Eesti_Vabariigi_Tartu_Ulikool, lk 35
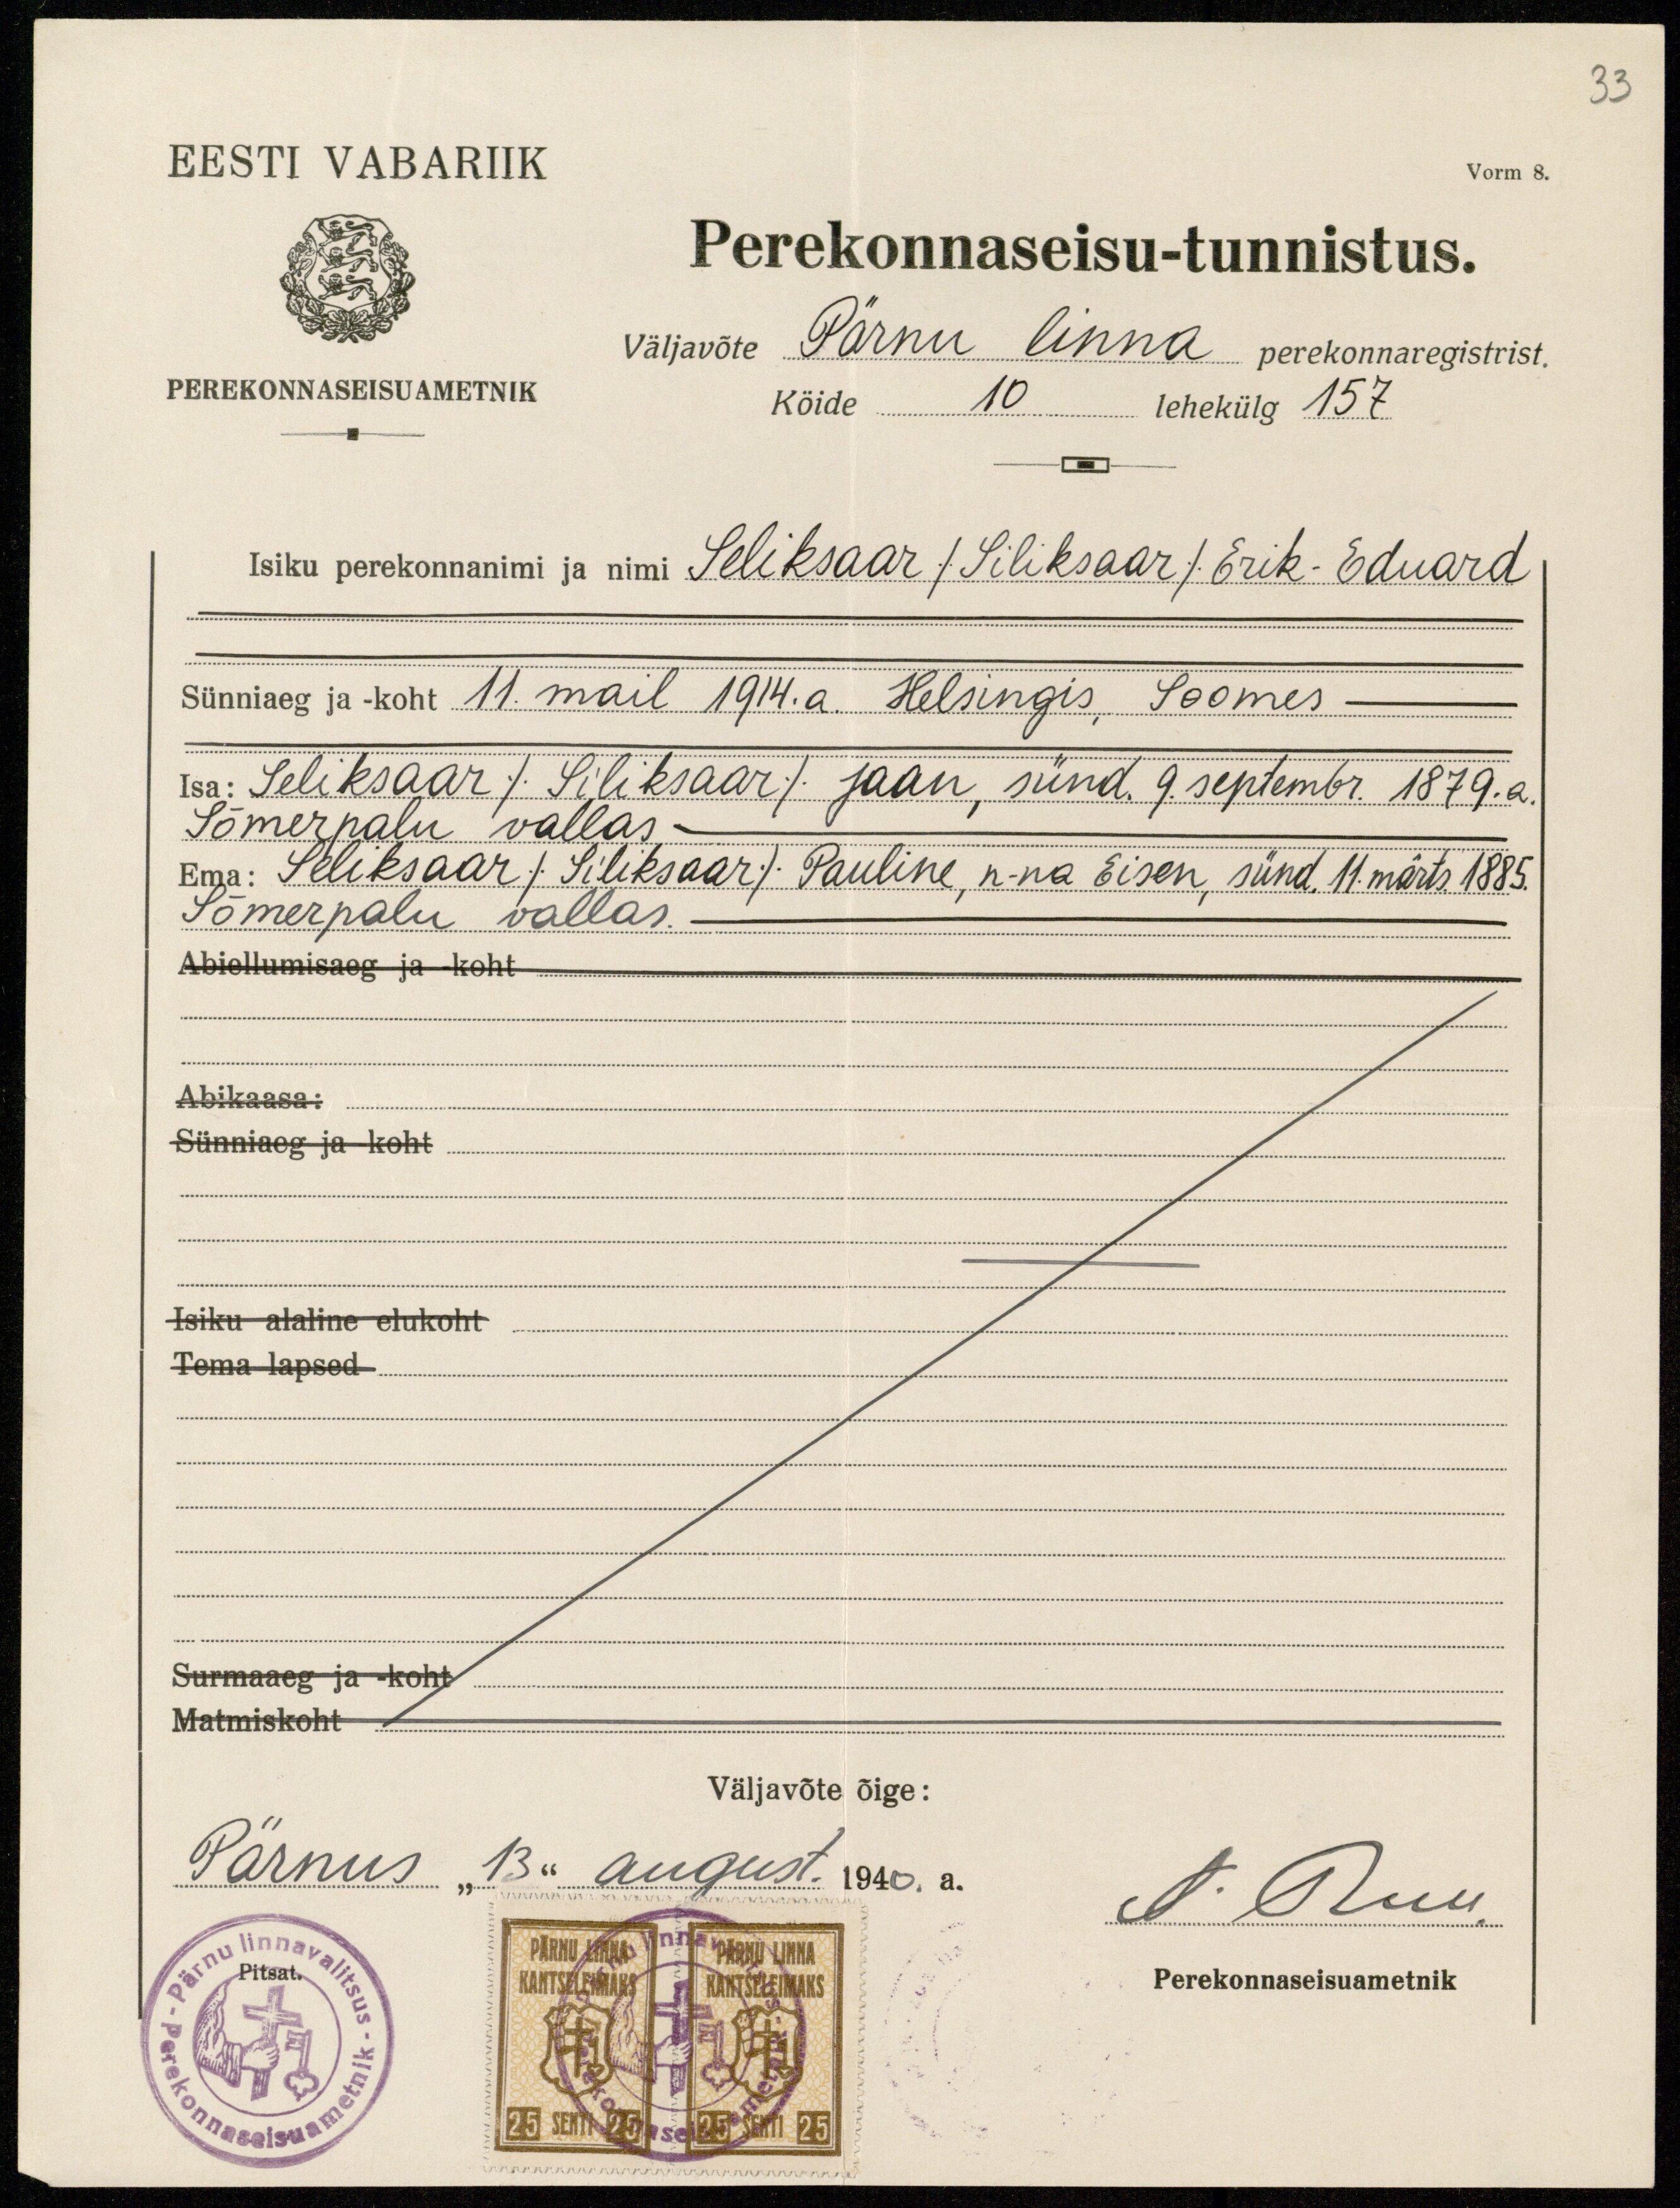
33
Vorm 8.
EESTI VABARIIK
PEREKONNASEISUAMETNIK
Perekonnaseisu-tunnistus.
Väljavõte Pärnu linna perekonnaregistrist.
Köide 10 lehekülg 157
Isiku perekonnanimi ja nimi Seliksaar /Siliksaar/ Erik-Eduard
Sünniaeg ja -koht 11. mail 1914. a. Helsingis, Soomes-
Isa: Seliksaar /Siliksaan/ Jaan, sünd. 9. septembr. 1879. a.
Sõmerpalu vallas-
Ema: Seliksaar /Siliksear/ Pauline, n-na Eisen, sünd. 11. märts. 1885.
Sõmerpalu vallas.
Abiellumisaeg ja koht
Abikaasa:
Sünniaeg ja koht
Isiku alaline elukoht
Tema lapsed.
Surmaaeg ja koht
Matmiskoht
Väljavõte õige:
Pärnus "13" august. 1940. a.
A. Ruu.
Perekonnaseisuametnik